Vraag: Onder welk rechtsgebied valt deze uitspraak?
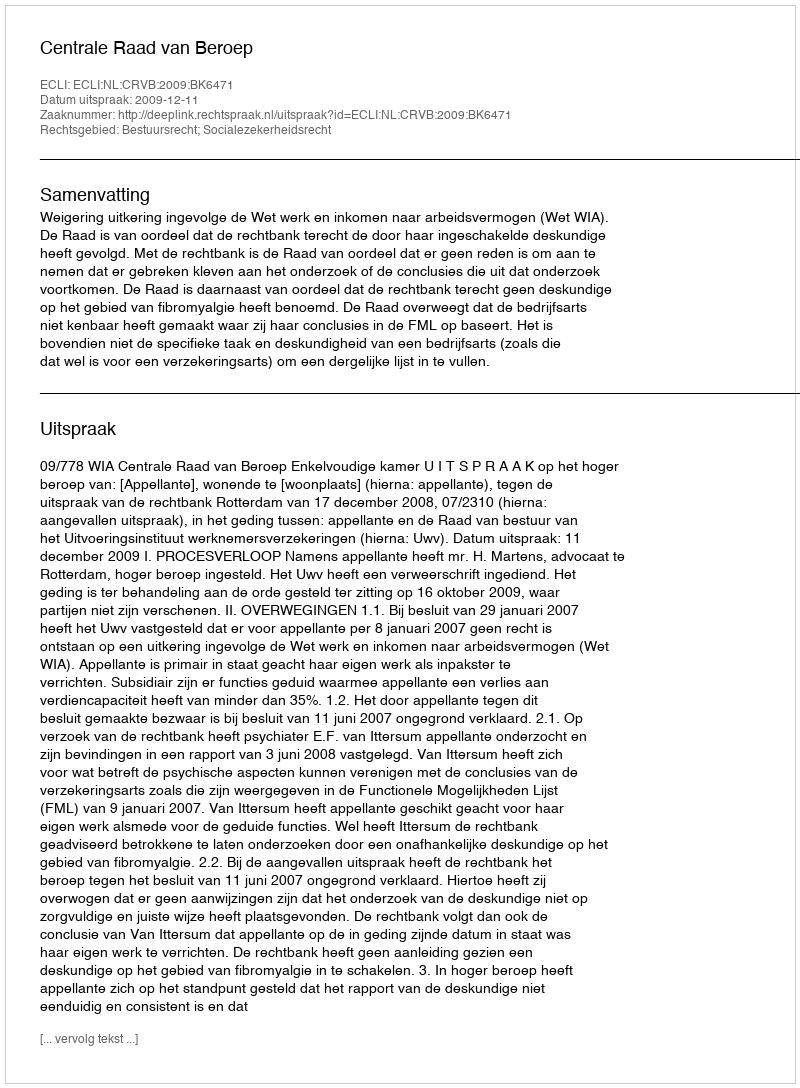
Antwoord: Bestuursrecht; Socialezekerheidsrecht